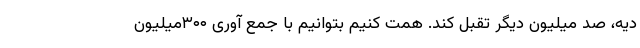
دیه، صد میلیون دیگر تقبل کند. همت کنیم بتوانیم با جمع آوری ۳۰۰میلیون